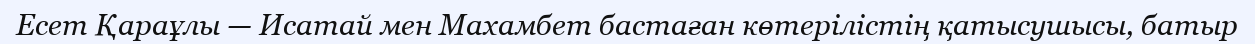
Есет Қараұлы — Исатай мен Махамбет бастаған көтерілістің қатысушысы, батыр